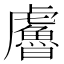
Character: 𧈔